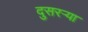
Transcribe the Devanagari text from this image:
दुसरऱ्या